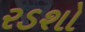
રડશો